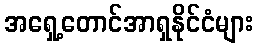
အရှေ့တောင်အာရှနိုင်ငံများ